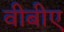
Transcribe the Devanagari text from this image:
वीबीए